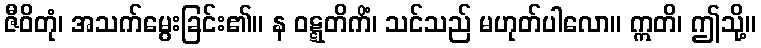
ဇီဝိတုံ၊ အသက်မွေးခြင်း၏။ န ဝဋ္ဋတိကိံ၊ သင်သည် မဟုတ်ပါလော။ ဣတိ၊ ဤသို့။